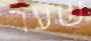
שער